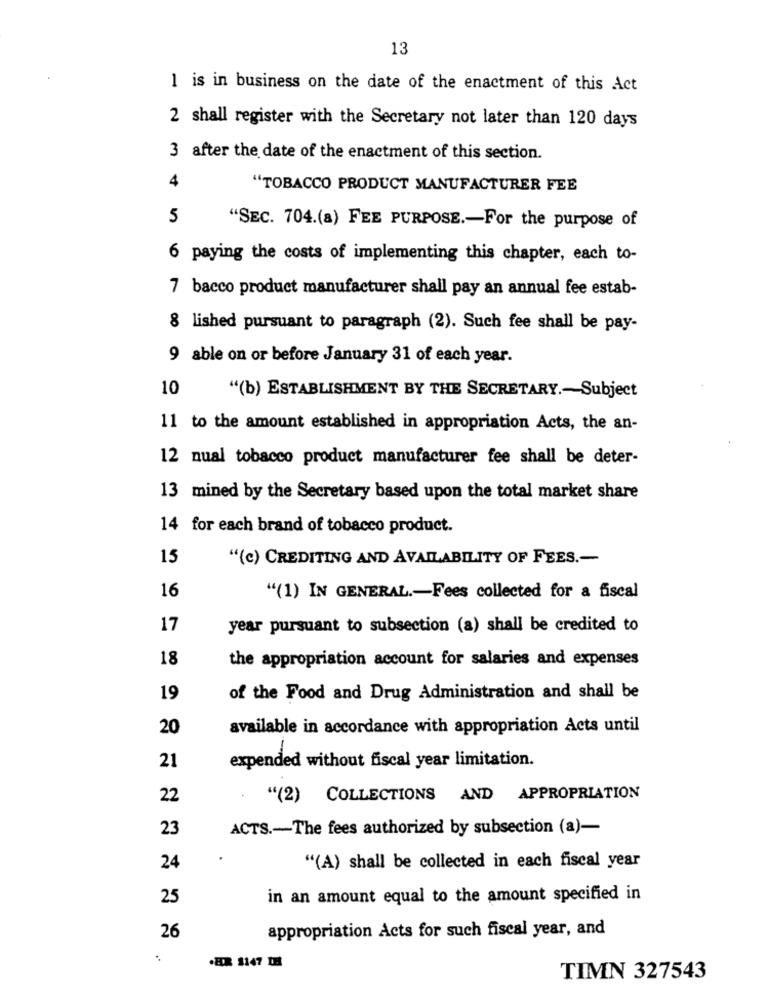
13
1 is in business on the date of the enactment of this Act
2 shall register with the Secretary not later than 120 days
3 after the date of the enactment of this section.
4
"TOBACCO PRODUCT MANUFACTURER FEE
5
"SEC. 704.(a) FEE PURPOSE .- For the purpose of
6 paying the costs of implementing this chapter, each to-
7 bacco product manufacturer shall pay an annual fee estab-
8 lished pursuant to paragraph (2). Such fee shall be pay-
9 able on or before January 31 of each year.
10
"(b) ESTABLISHMENT BY THE SECRETARY .- Subject
11 to the amount established in appropriation Acts, the an-
12 nual tobacco product manufacturer fee shall be deter-
13 mined by the Secretary based upon the total market share
14 for each brand of tobacco product.
15
"(c) CREDITING AND AVAILABILITY OF FEES .-
16
"(1) IN GENERAL .- Fees collected for a fiscal
17
year pursuant to subsection (a) shall be credited to
18
the appropriation account for salaries and expenses
19
of the Food and Drug Administration and shall be
20
available in accordance with appropriation Acts until
21
expended without fiscal year limitation.
22
"(2) COLLECTIONS AND APPROPRIATION
23
ACTS .- The fees authorized by subsection (a)-
"(A) shall be collected in each fiscal year
24
25
in an amount equal to the amount specified in
26
appropriation Acts for such fiscal year, and
.EX 1147 IH
TIMN 327543